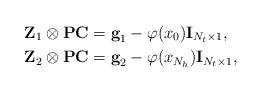
LaTeX: \begin{align*}\textbf{Z}_1\otimes\textbf{P}\textbf{C}&=\textbf{g}_{1}-\varphi(x_0)\textbf{I}_{N_t\times1},\\\textbf{Z}_2\otimes\textbf{P}\textbf{C}&=\textbf{g}_{2}-\varphi(x_{N_h})\textbf{I}_{N_t\times1},\end{align*}